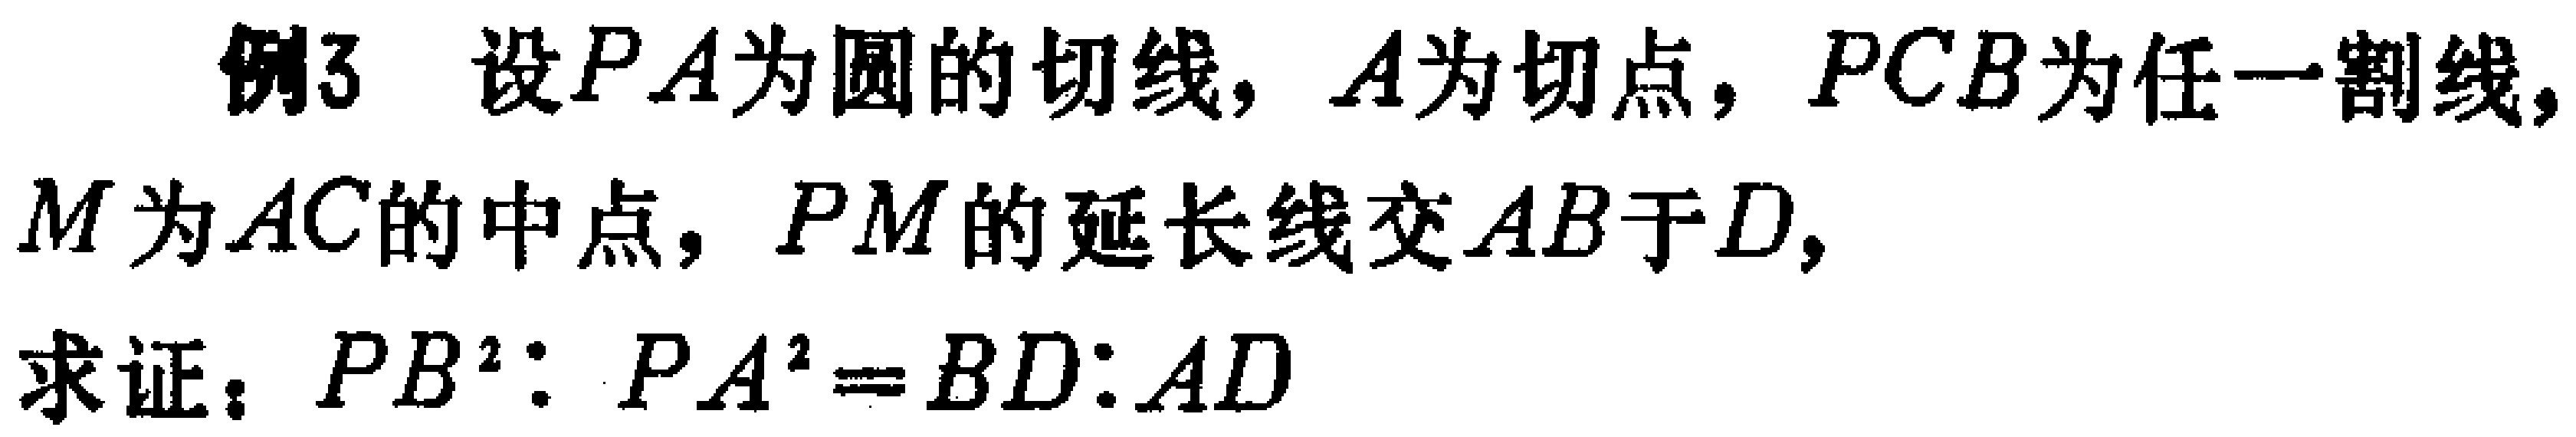
例3 设\(PA\)为圆的切线，\(A\)为切点，\(PCB\)为任一割线，\(M\)为\(AC\)的中点，\(PM\)的延长线交\(AB\)于\(D\)，

求证：\(PB^{2}:PA^{2}=BD:AD\)